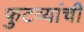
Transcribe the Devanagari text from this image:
फुटव्यांची